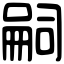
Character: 嗣